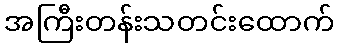
အကြီးတန်းသတင်းထောက်